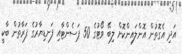
އަދި އެގޮތުން އޮންލައިންކޮށް ލިބޭ ވޯޓުގެ 50 ޕަސެންޓާއި ފަނޑިޔާރުގެ ފަރާތުން ބާކީ